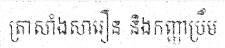
ត្រាសាំងសារឿន និងកញ្ញាប្រឹម